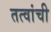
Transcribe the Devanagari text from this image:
तत्वांची